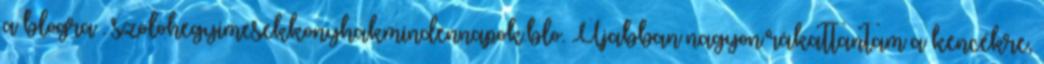
a blogra . szolohegyimesekkonyhakmindennapok.blo. Újabban nagyon rákattantam a kencékre,